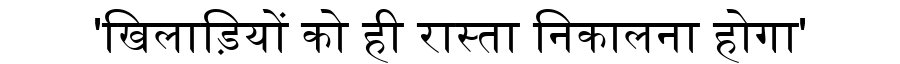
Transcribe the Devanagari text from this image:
'खिलाड़ियों को ही रास्ता निकालना होगा'